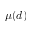
\mu ( d )